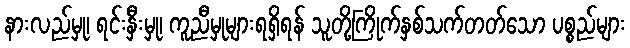
နားလည်မှု၊ ရင်းနှီးမှု၊ ကူညီမှုများရရှိရန် သူတို့ကြိုက်နှစ်သက်တတ်သော ပစ္စည်များ